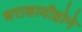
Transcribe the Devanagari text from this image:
धराशायीहोने